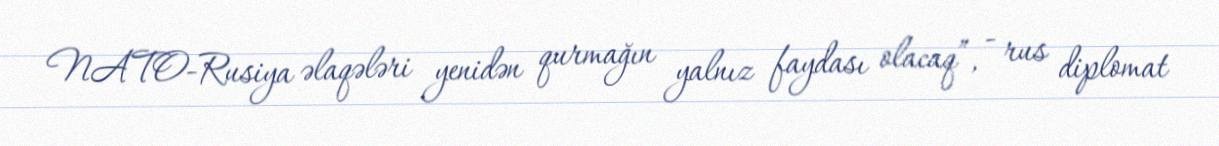
NATO-Rusiya əlaqələri yenidən qurmağın yalnız faydası olacaq”, - rus diplomat